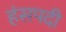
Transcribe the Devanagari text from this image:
हंसपदी